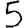
Digit: 5